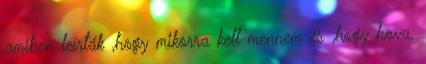
amiben leírták ,hogy mikorra kell mennem és ,hogy hova.